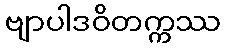
ဗျာပါဒဝိတက္ကဿ